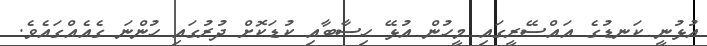
އުޅުނީ ކަނޑުގެ އައްސޭރީގައި މީހުން އުޅޭ ހިސާބާއި ކުޑަކޮށް ދުރުގައި ހުންނަ ގެއެއްގައެވެ.